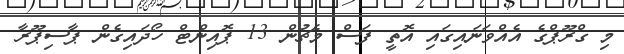
މި ގްރޫޕްގެ އެއްވަނައިގައި އޮތީ ފަސް މެޗުން 13 ޕޮއިންޓް ހޯދައިގެން ޕާސިޕޫރާ